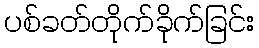
ပစ်ခတ်တိုက်ခိုက်ခြင်း